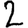
Digit: 2